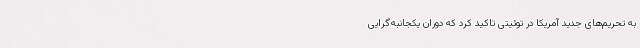
به تحریم‌های جدید آمریکا در توئیتی تاکید کرد که دوران یکجانبه‌گرایی